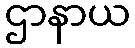
ဌာနာယ